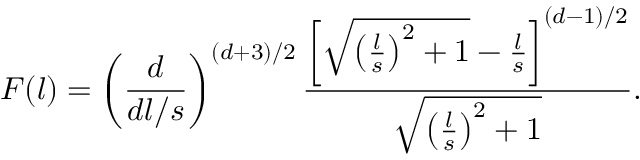
F ( l ) = \left( \frac { d } { d l / s } \right) ^ { ( d + 3 ) / 2 } { \frac { \left[ \sqrt { \left( \frac { l } { s } \right) ^ { 2 } + 1 } - { \frac { l } { s } } \right] ^ { ( d - 1 ) / 2 } } { \sqrt { \left( \frac { l } { s } \right) ^ { 2 } + 1 } } } .